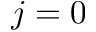
j = 0